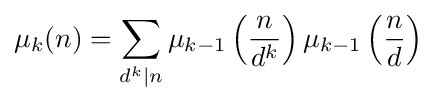
\mu _{k}(n)=\sum _{d^{k}|n}\mu _{k-1}\left({\frac {n}{d^{k}}}\right)\mu _{k-1}\left({\frac {n}{d}}\right)